Note on the mental hospitals in Burma - 1925-1940
Year: 1925
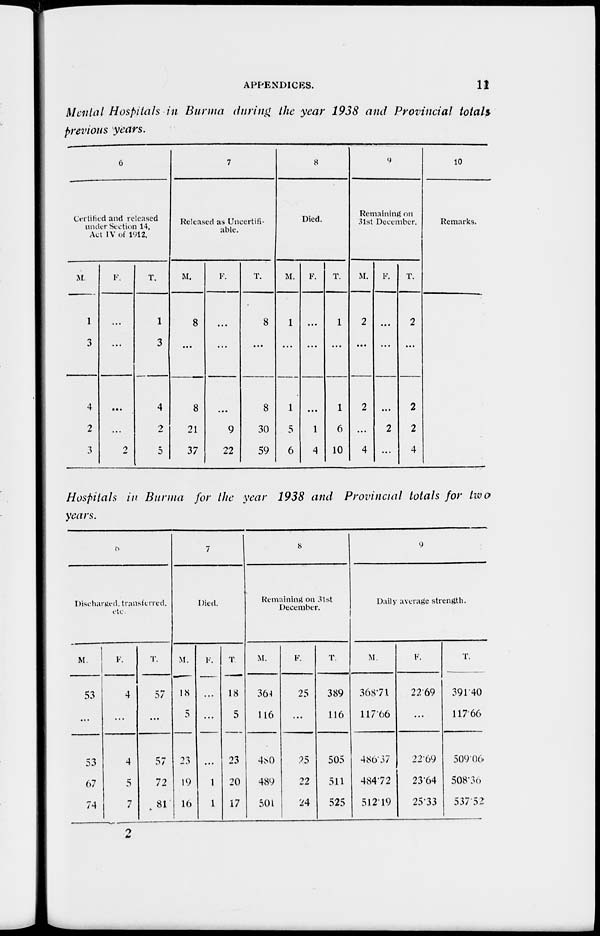
APPENDICES.
11
Mental Hospitals in Burma during the year 1938 and Provincial totals
previous years.
6
Certified and released
under Section 14,
Act IV of 1912.
M.
1
3
4
2
3
F.
...
...
...
...
2
T.
1
3
4
2
5
7
Released as Uncertifi-
able.
M.
8
...
8
21
37
F.
...
...
...
9
22
T.
8
...
8
30
59
8
Died.
M.
1
...
1
5
6
F.
...
...
...
1
4
T.
1
...
1
6
10
9
Remaining on
31st December.
M.
2
...
2
...
4
F.
...
...
...
2
...
T.
2
...
2
2
4
10
Remarks.
Hospitals in Burma for the year 1938 and Provincial totals for two
years.
6
Discharged transferred,
etc
M
53
...
53
67
74
F.
4
...
4
5
7
T.
57
...
57
72
81
7
Died.
M.
18
5
23
19
16
F.
...
...
...
1
1
T
18
5
23
20
17
8
Remaining on 31st
December.
M.
364
116
480
489
501
F.
25
...
25
22
24
T.
389
116
505
511
525
9
Daily average strength.
M.
368.71
117.66
486.37
484.72
512.19
F.
22.69
...
22.69
23.64
25.33
T.
391.40
117.66
509.06
508.30
537.52
2